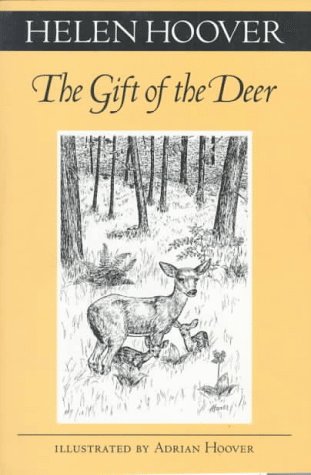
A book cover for Gift Of The Deer (Fesler-Lampert Minnesota Heritage); Helen Hoover; Reference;